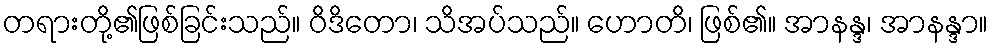
တရားတို့၏ဖြစ်ခြင်းသည်။ ဝိဒိတော၊ သိအပ်သည်။ ဟောတိ၊ ဖြစ်၏။ အာနန္ဒ၊ အာနန္ဒာ။